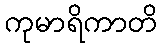
ကုမာရိကာတိ